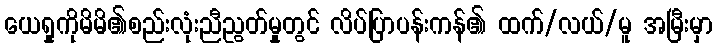
ယေရှုကိုမိမိ၏စည်းလုံးညီညွတ်မှုတွင် လိပ်ပြာပန်းကန်၏ ထက်/လယ်/မူ အမြီးမှာ